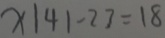
x 1 4 1 - 2 3 = 1 8